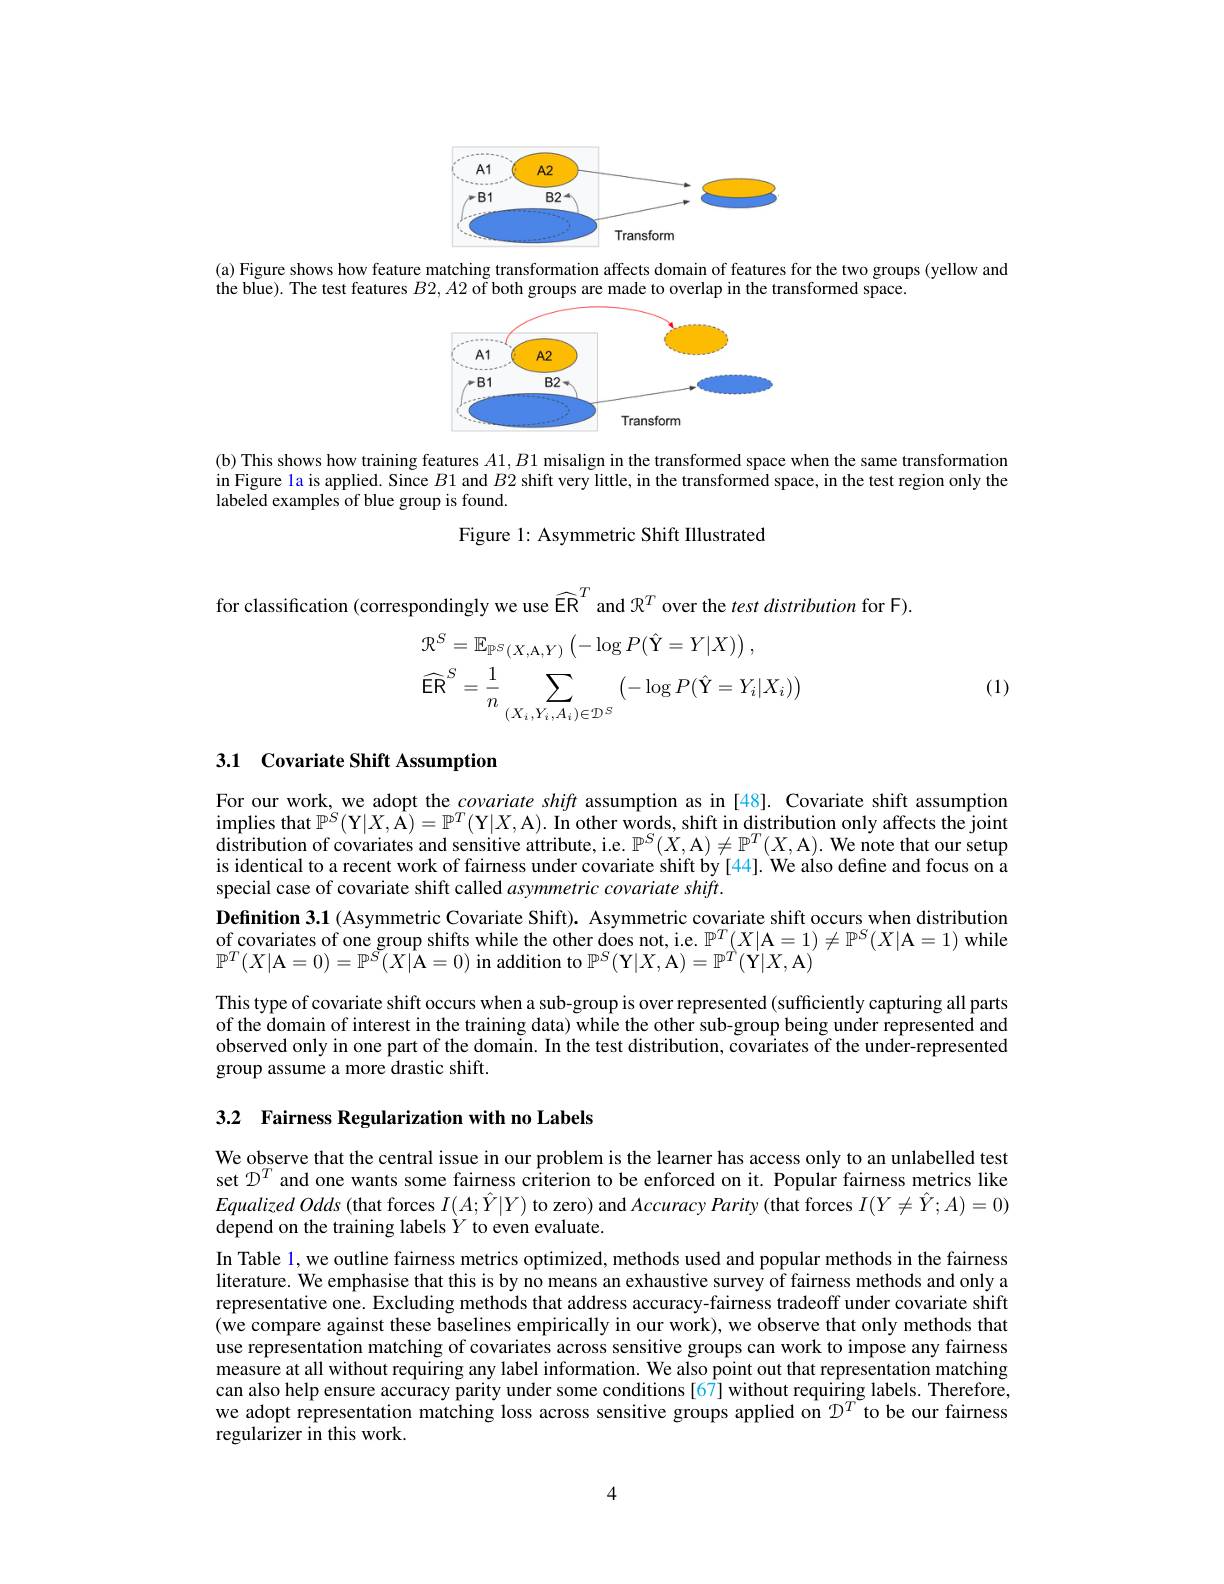
<FigureHere>

(a) Figure shows how feature matching transformation affects domain of features for the two groups (yellow and
the blue). The test features $B2,A2$ of both groups are made to overlap in the transformed space.

<FigureHere>

(b) This shows how training features $A1,B1$ misalign in the transformed space when the same transformation in Figure la is applied. Since $B1$ and $B2$ shift very little, in the transformed space, in the test region only the labeled examples of blue group is found.
Figure 1: Asymmetric Shift IIlustrated

for classification (correspondingly we use $\widehat{\mathbb{ER}}^T$ and $\mathcal{R}^T$ over the $test\textit{distribution for F}) .$
$$\begin{aligned}&\mathcal{R}^{S}=\mathbb{E}_{\mathbb{P}^{S}(X,\mathrm{A},Y)}\left(-\log P(\hat{\mathrm{Y}}=Y|X)\right),\\&\widehat{\mathsf{ER}}^{S}=\frac{1}{n}\sum_{(X_{i},Y_{i},A_{i})\in\mathcal{D}^{S}}\left(-\log P(\hat{\mathrm{Y}}=Y_{i}|X_{i})\right)\end{aligned}$$
(1)

# 3.1 Covariate Shift Assumption

For our work, we adopt the covariate shift assumption as in [48]. Covariate shift assumption $\operatorname*{implies~that~}\mathbb{P}^S(\mathbf{Y}|X,\hat{\mathbf{A}})=\mathbb{P}^T(\mathbf{Y}|X,\mathbf{A}).$ In other words, shift in distribution only affects the joint distribution of covariates and sensitive attribute, i.e. $\mathbb{P}^S(X,\mathcal{A})\neq\mathbb{P}^T(X,\mathcal{A}).$ We note that our setup is identical to a recent work of fairness under covariate shift by [44]. We also define and focus on a special case of covariate shift called asymmetric covariate shift.
Definition 3.1 (Asymmetric Covariate Shift). Asymmetric covariate shift occurs when distribution of covariates of one group shifts while the other does not, i.e. $\mathbb{P}^T(X|\mathcal{A}=1)\neq\mathbb{P}^S(X|\mathcal{A}=1)$ while $\mathbb{P}^{T}(X|$A$=0)=\mathbb{P}^{\tilde{S}}(X|$A=0) in addition to $\mathbb{P}^S($Y$|X$,A$)=\mathbb{P}^T($Y$|X$,A)
This type of covariate shift occurs when a sub-group is over represented (sufficiently capturing all parts of the domain of interest in the training data) while the other sub-group being under represented and observed only in one part of the domain. In the test distribution, covariates of the under-represented group assume a more drastic shift.

3.2 Fairness Regularization with no Labels

We observe that the central issue in our problem is the learner has access only to an unlabelled test set $D^T$ and one wants some fairness criterion to be enforced on it. Popular fairness metrics like EqualizedOdds (that forces $I(A;\hat{Y}|Y)$ to zero) and Accuracy Parity (that forces $I(Y\neq\hat{Y};A)=0)$ depend on the training labels $Y$ to even evaluate.

In Table 1, we outline fairness metrics optimized, methods used and popular methods in the fairness literature. We emphasise that this is by no means an exhaustive survey of fairness methods and only a representative one. Excluding methods that address accuracy-fairness tradeoff under covariate shift (we compare against these baselines empirically in our work), we observe that only methods that use representation matching of covariates across sensitive groups can work to impose any fairness $\hat{\text{measure at all without requiring any label information. We also point out that representation matching}}$ can also help ensure accuracy parity under some conditions [67] without requiring labels. Therefore, we adopt representation matching loss across sensitive groups applied on $\hat{D^T}$ to be our fairness regularizer in this work.